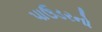
પાઉડરનો